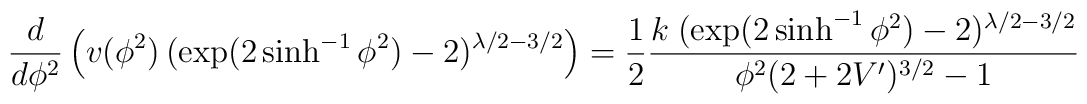
\frac{d}{d \phi^2} \left ( v(\phi^2) \, (\exp (2 \sinh^{-1} \phi^2)-2)^{\lambda/2 - 3/2} \right ) = \frac{1}{2} \frac{ k \; (\exp(2\sinh^{-1} \phi^2) -2)^{\lambda/2 - 3/2}}{\phi^2 (2 + 2 V')^{3/2} -1}